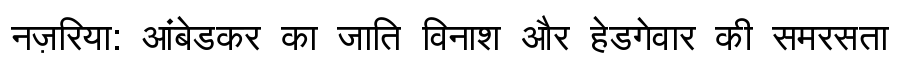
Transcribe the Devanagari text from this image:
नज़रिया: आंबेडकर का जाति विनाश और हेडगेवार की समरसता